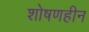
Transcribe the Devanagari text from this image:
शोषणहीन